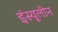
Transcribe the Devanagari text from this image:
इंस्यूलीन